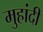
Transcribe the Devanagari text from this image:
मुहांदी